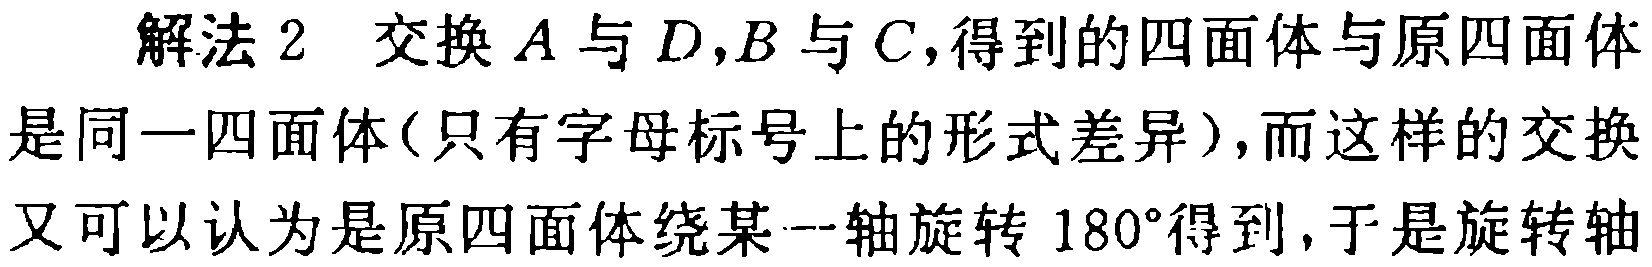
解法 2 交换 \(A\) 与 \(D\),\(B\) 与 \(C\),得到的四面体与原四面体是同一四面体(只有字母标号上的形式差异)，而这样的交换又可以认为是原四面体绕某一轴旋转 \(180^{\circ}\)得到，于是旋转轴